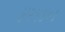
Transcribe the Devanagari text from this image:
४२५४०१